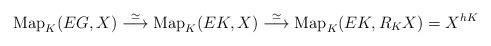
LaTeX: \begin{align*}\mathrm{Map}_K(EG, X) \overset{\simeq}{\longrightarrow} \mathrm{Map}_K(EK, X) \overset{\simeq}{\longrightarrow} \mathrm{Map}_K(EK, R_KX) = X^{hK}\end{align*}